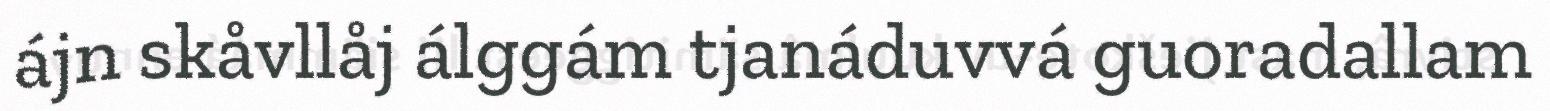
ájn skåvllåj álggám tjanáduvvá guoradallam